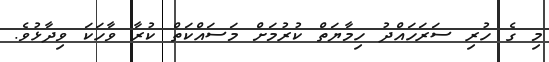
މި ގެ ހުރި ސަރަހައްދު ހިމާޔަތް ކުރުމަށް މަސައްކަތް ކުރާ ވާހަކަ ވިދާޅުވެ.